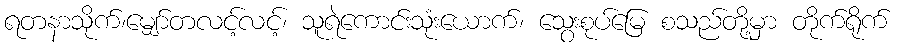
ရတနာသိုက်၊မျှော်တလင့်လင့်၊ သူရဲကောင်းသုံးယောက်၊ သွေးစုပ်မြေ စသည်တို့မှာ တိုက်ရိုက်